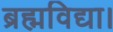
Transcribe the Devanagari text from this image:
ब्रह्मविद्या।